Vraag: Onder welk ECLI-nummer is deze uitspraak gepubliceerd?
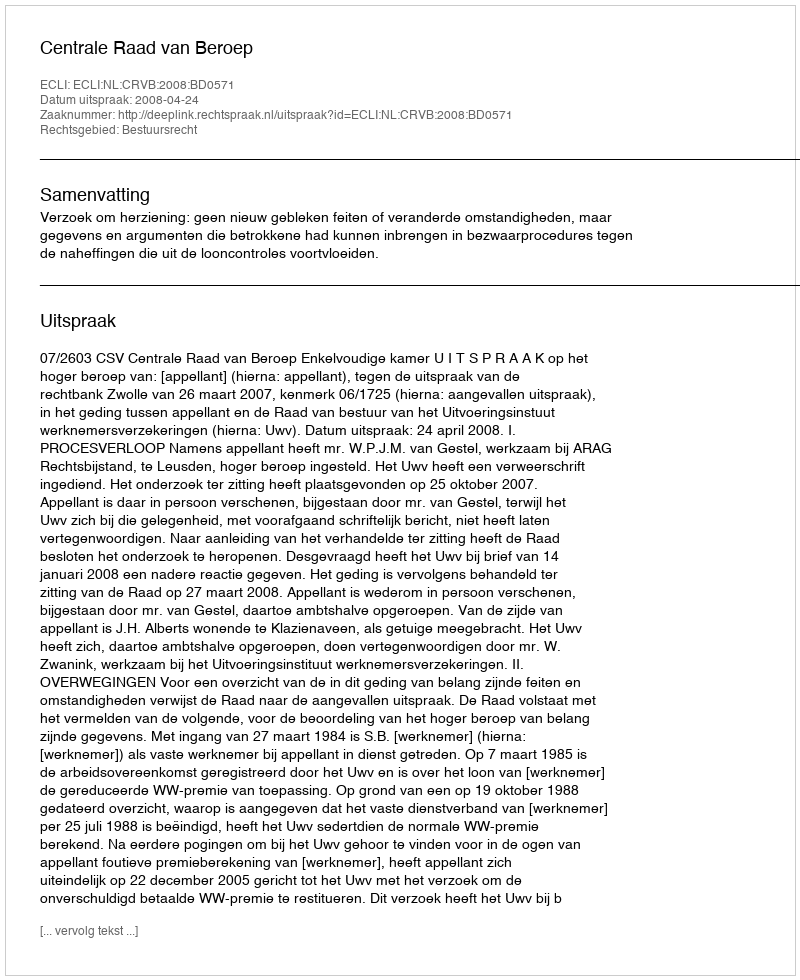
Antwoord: ECLI:NL:CRVB:2008:BD0571